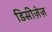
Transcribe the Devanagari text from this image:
डिसीज़ेज़